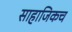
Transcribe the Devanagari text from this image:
साहाजिकच